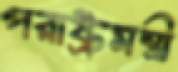
পরাষ্ট্রমন্ত্রী